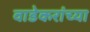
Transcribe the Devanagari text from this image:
वाडेकरांच्या